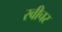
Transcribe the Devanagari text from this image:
स्वीचर